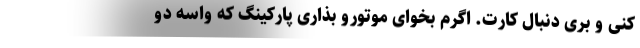
کنی و بری دنبال کارِت. اگرم بخوای موتورو بذاری پارکینگ که واسه دو